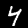
Label: 4